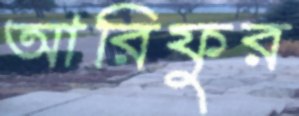
আরিফুর